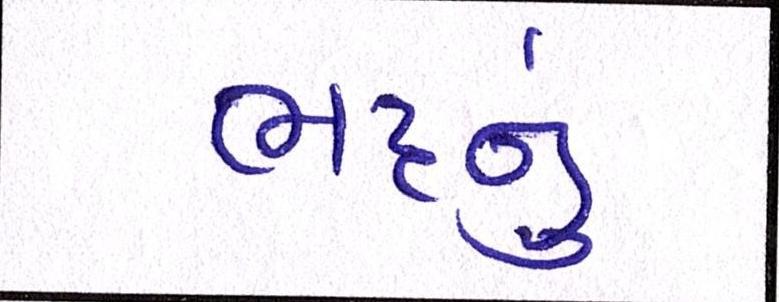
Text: ભટ્ટનું